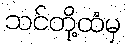
သင်တို့ထံမှ